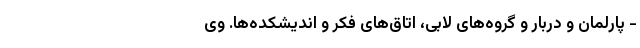
- پارلمان و دربار و گروه‌های لابی، اتاق‌های فکر و اندیشکده‌ها. وی